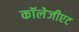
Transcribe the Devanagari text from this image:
कॉलेजीएट